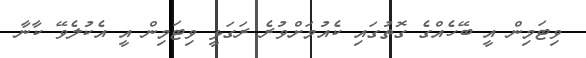
ވިޓަމިން އީ ބޭހެއްގެ ގޮތުގައި ކެއުމަށްވުރެ ރަގަޅީ ވިޓަމިން އީ އެކުލެވޭ ކާނާ